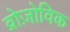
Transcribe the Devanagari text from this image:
व्रोज़ोविक